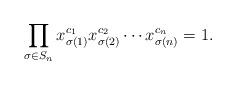
LaTeX: \begin{align*}\prod_{\sigma \in S_n} x_{\sigma(1)}^{c_1} x_{\sigma(2)}^{c_2} \cdots x_{\sigma(n)}^{c_n} = 1.\end{align*}